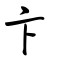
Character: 卞